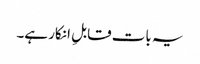
یہ بات قابلِ انکار ہے۔